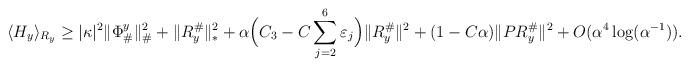
LaTeX: \begin{align*}\langle H_y\rangle_{R_y} \geq |\kappa|^2 \|\Phi_{\#}^y\|_{\#}^2 + \|R^{\#}_y\|^2_* + \alpha \Big(C_3 - C\sum_{j=2}^6 \varepsilon_j \Big)\|R^{\#}_y\|^2 +(1- C\alpha) \|P R^{\#}_y\|^2+ O(\alpha^4 \log(\alpha^{-1})).\end{align*}